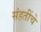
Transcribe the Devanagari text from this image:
संहतींचे